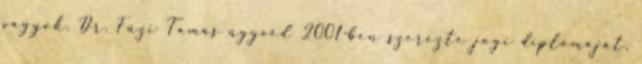
vagyok. Dr. Füzi Tamás ügyvéd 2001-ben szerezte jogi diplomáját,